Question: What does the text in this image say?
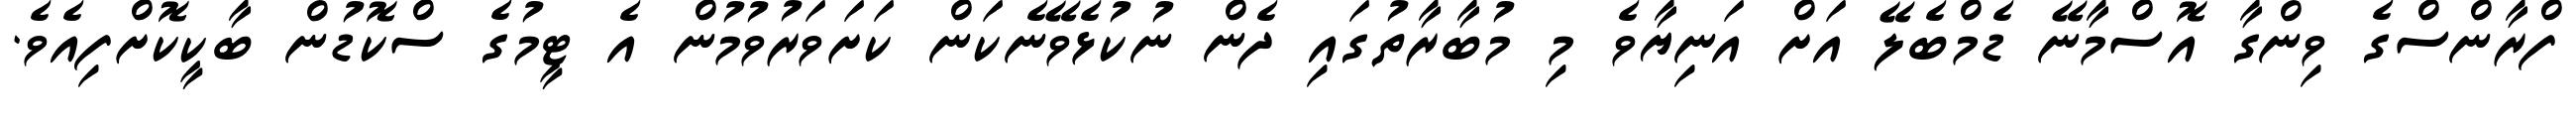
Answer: ފްރާންސްގެ ވިންގާ އޮސްމާނޭ ޑެމްބެލޭ އަށް އަނިޔާވެ މި މުބާރާތުގައި ދެން ނުކުޅެވޭނެކަން ކަށަވަރުވުމުން އެ ޓީމުގެ ސްކޮޑުން ބާކީކޮށްފިއެވެ.